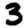
Digit: 3